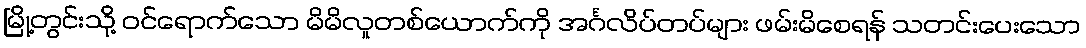
မြို့တွင်းသို့ ဝင်ရောက်သော မိမိလူတစ်ယောက်ကို အင်္ဂလိပ်တပ်များ ဖမ်းမိစေရန် သတင်းပေးသော